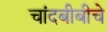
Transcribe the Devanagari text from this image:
चांदबीबीचे